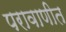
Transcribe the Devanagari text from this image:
परावाणीत